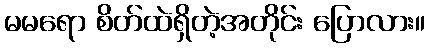
မမရော စိတ်ထဲရှိတဲ့အတိုင်း ပြောလား။